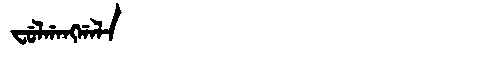
Manchu: ᠸᡠᠯᡤᠠᠩᡤᠠᠯᠠ
Romanization: FULGANGGALA